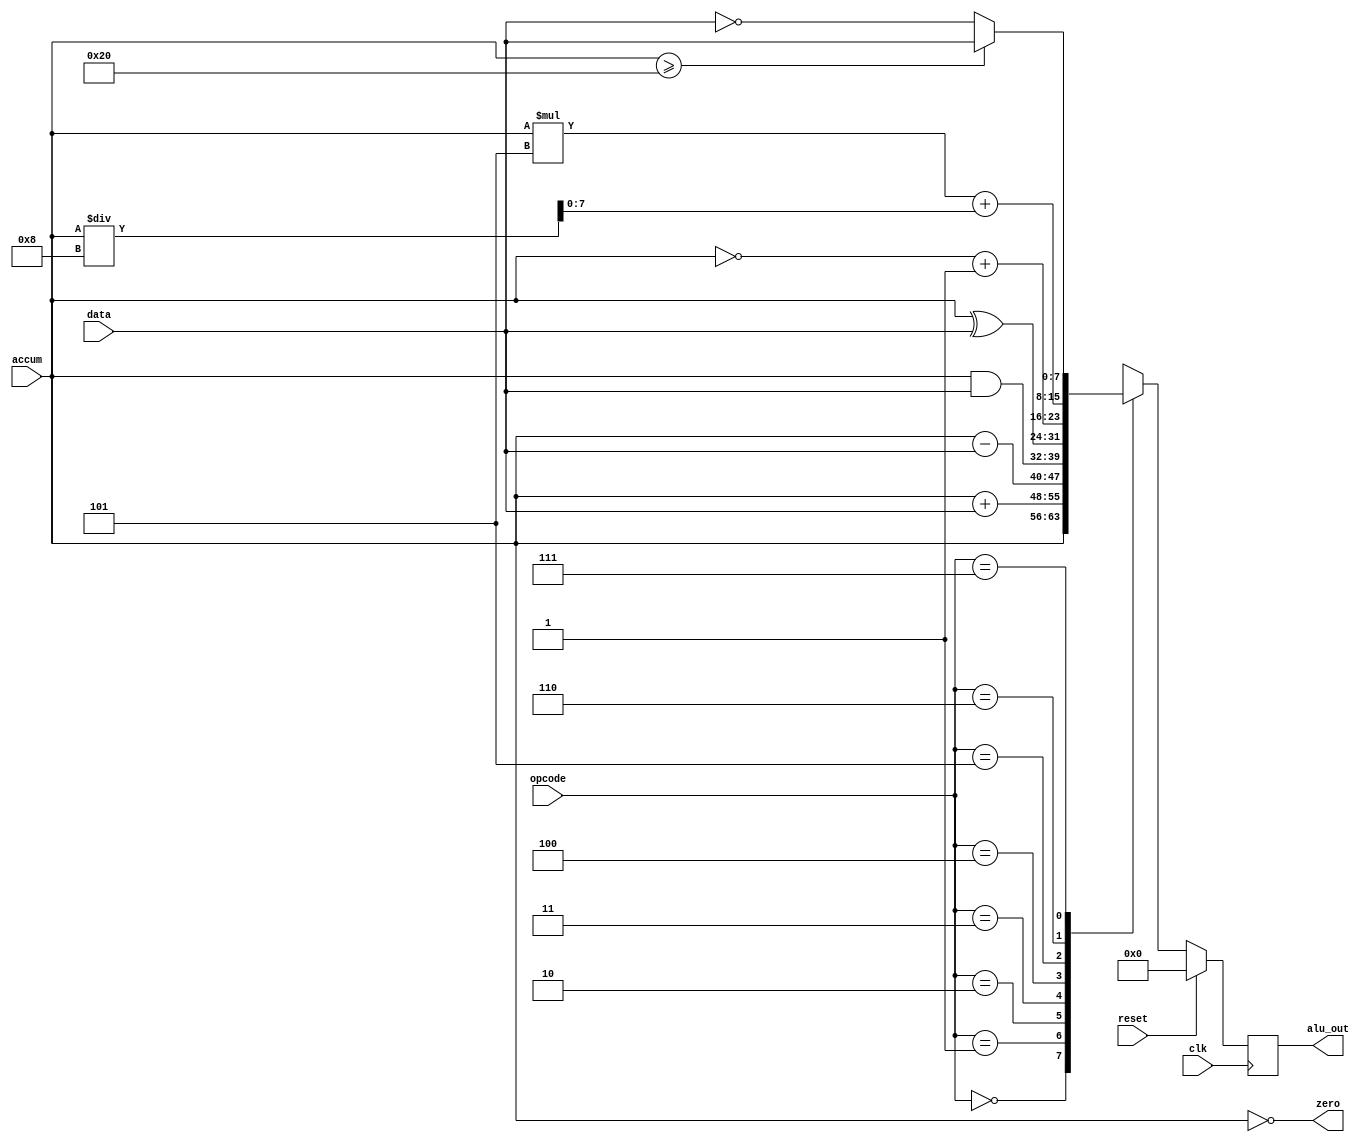
module alu(alu_out,
           accum,
           data,
           opcode,
           zero,
           clk,
           reset);
    input 		clk, reset;
    input 	[7:0] 	accum, data;
    input 	[2:0] 	opcode;
    output reg[7:0] 	alu_out;
    output 		zero;

    reg[7:0] mux_out;

    //alu_out_reg
    always @(posedge clk) begin
        alu_out <= reset ? 'd0 : mux_out;
    end

    //mux selection
    always @(*)
    begin
        case(opcode)
        3'b000:    mux_out = accum;
        3'b001:    mux_out = accum + data;
        3'b010:    mux_out = accum - data;
        3'b011:    mux_out = accum & data;
        3'b100:    mux_out = accum ^ data;
        3'b101:    mux_out = ~accum + 1;
        3'b110:    mux_out = accum * 'd5 + accum / 'd8;
        3'b111:    mux_out = (accum >= 'd32 ) ? data : ~data;
        default:    mux_out = 'd0;
        endcase
    end

    //zero detection
    assign zero = (accum == 'd0);

endmodule